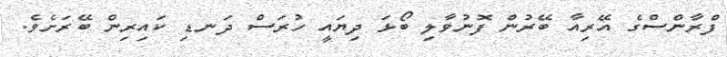
ފްރާންސްގެ އޭރިއާ ބޭރުން ފޮނުވާލި ބޯޅަ ދިޔައީ ހުރަސް ދަނޑި ކައިރިން ބޭރަށެވެ.